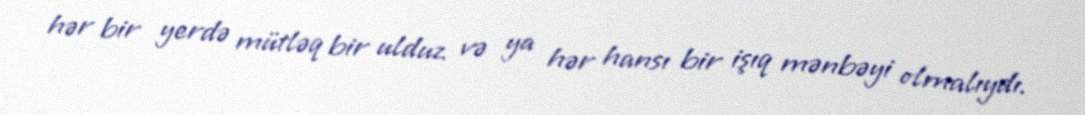
hər bir yerdə mütləq bir ulduz və ya hər hansı bir işıq mənbəyi olmalıydı.